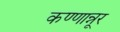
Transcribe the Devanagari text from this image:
कण्णान्नूर